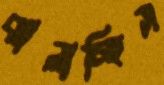
ঝালাচ্ছিস